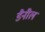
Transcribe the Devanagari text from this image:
डैनील